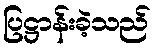
ပြဋ္ဌာန်းခဲ့သည်